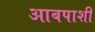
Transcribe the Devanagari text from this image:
आबपाशी